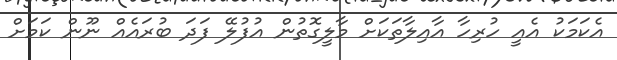
އެކަމަކު އެއީ ހުރިހާ އާއިލާތަކަށް މާލީގޮތުން އުފުލޭ ފަދަ ބުރައެއް ނޫން ކަމަށް